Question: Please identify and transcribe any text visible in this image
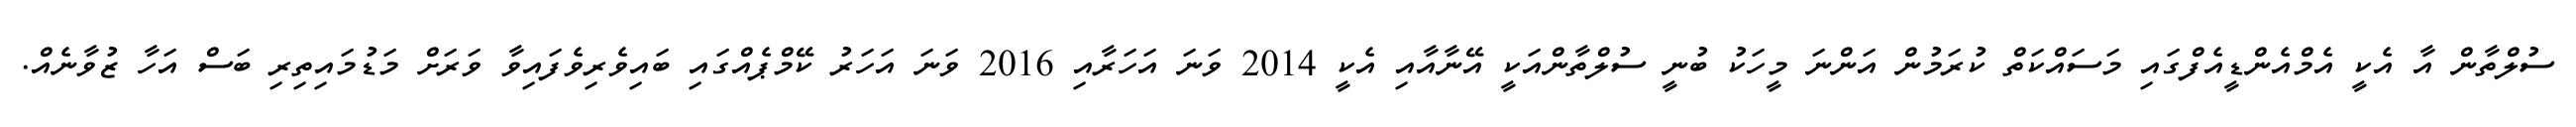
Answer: ސުލްތާން އާ އެކީ އެމްއެންޑީއެފްގައި މަސައްކަތް ކުރަމުން އަންނަ މީހަކު ބުނީ ސުލްތާންއަކީ އޭނާއާއި އެކީ 2014 ވަނަ އަހަރާއި 2016 ވަނަ އަހަރު ކޭމްޕެއްގައި ބައިވެރިވެފައިވާ ވަރަށް މަޑުމައިތިރި ބަސް އަހާ ޒުވާނެއް.